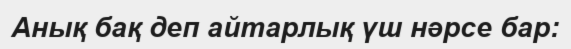
Анық бақ деп айтарлық үш нәрсе бар: